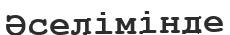
Әселімінде